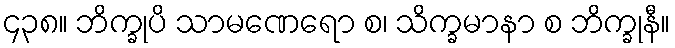
၄၃၈။ ဘိက္ခုပိ သာမဏေရော စ၊ သိက္ခမာနာ စ ဘိက္ခုနီ။